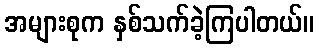
အများစုက နှစ်သက်ခဲ့ကြပါတယ်။